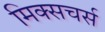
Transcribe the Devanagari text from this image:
मिक्सचर्स